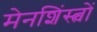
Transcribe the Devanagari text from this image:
मेनशिंस्त्वों